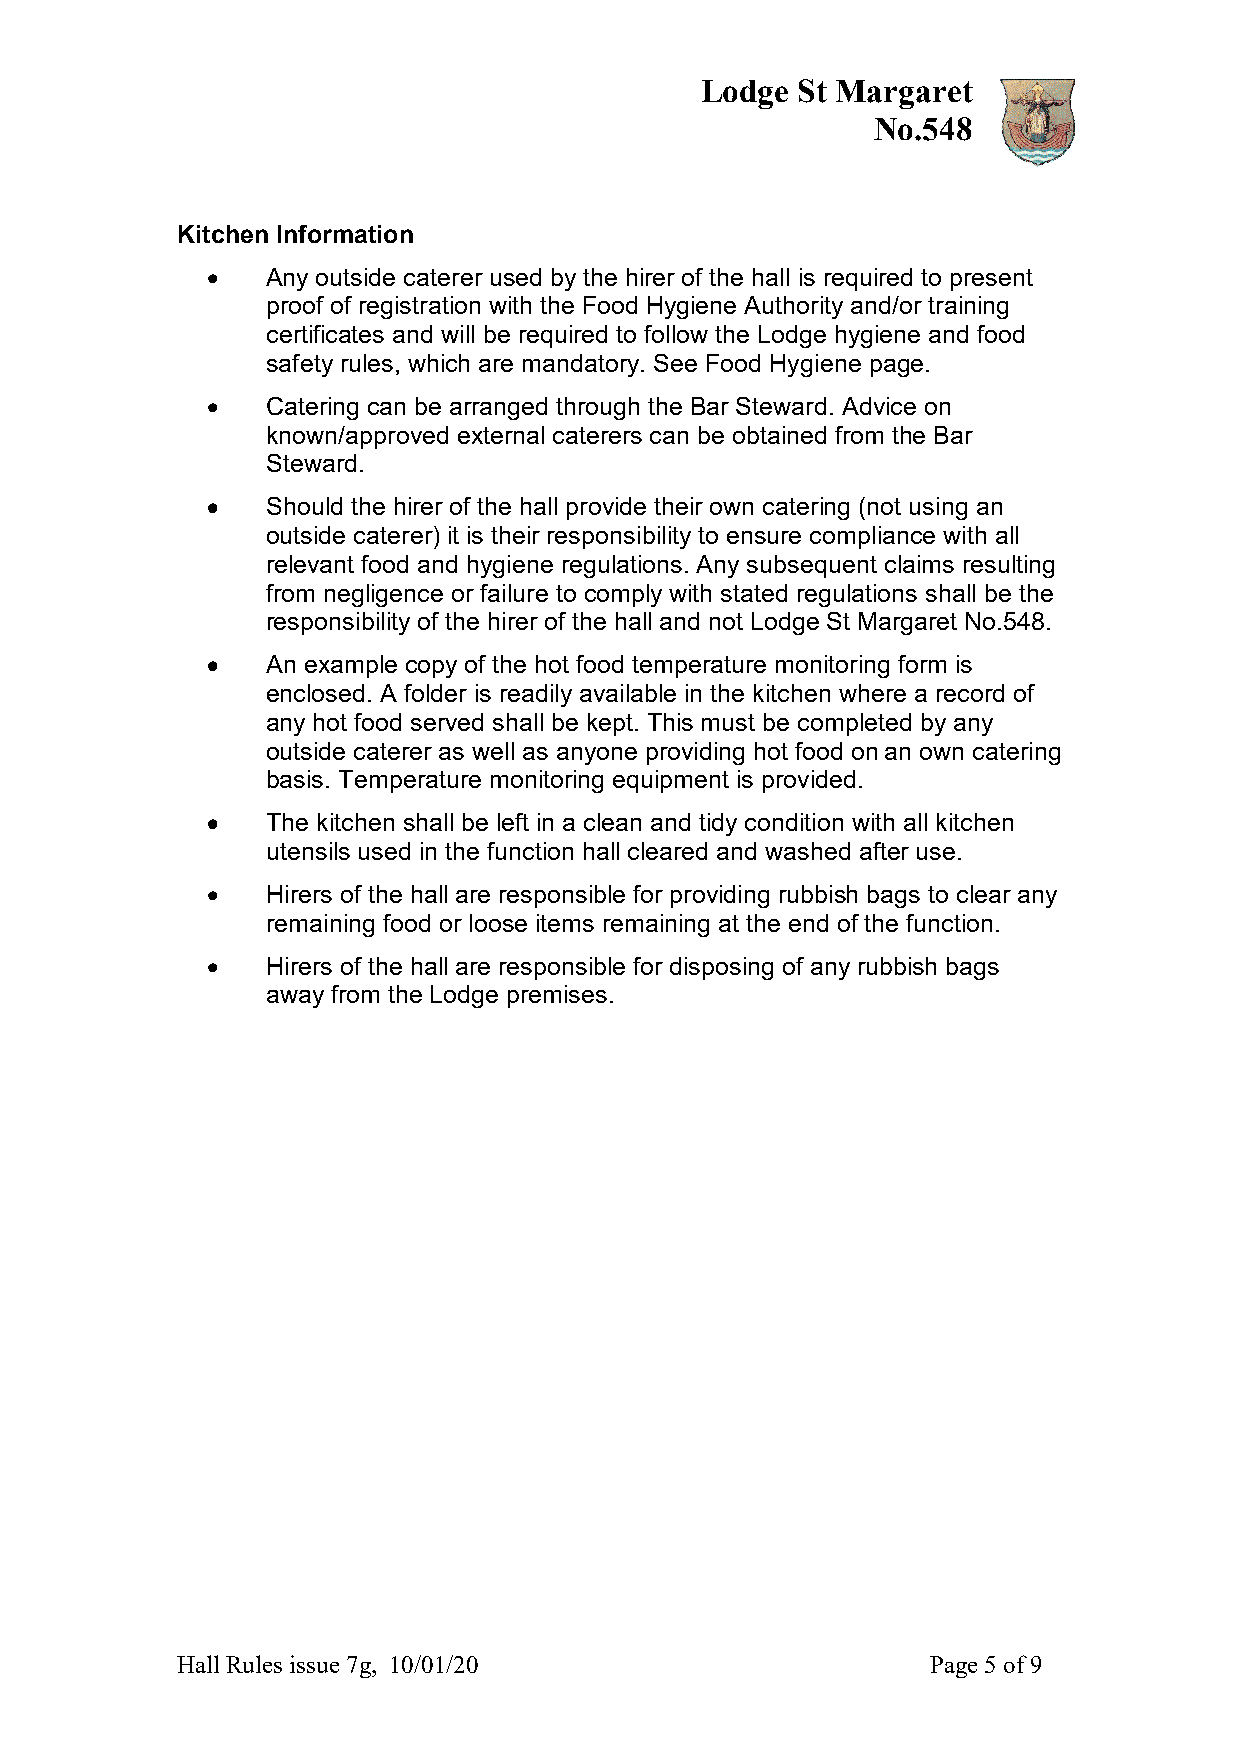
Lodge  St Margaret
 No.548
 Kitchen Information
  Any outside caterer used by the hirer of the hall is required to present
 proof of registration with the Food Hygiene Authority and/or training
 certificates and will be required to follow the Lodge hygiene and food
 safety rules, which are mandatory. See Food Hygiene page.
  Catering can be arranged through the Bar Steward. Advice on
 known/approved external caterers can be obtained from the Bar
 Steward.
  Should the hirer of the hall provide their own catering (not using an
 outside caterer) it is their responsibility to ensure compliance with all
 relevant food and hygiene regulations. Any subsequent claims resulting
 from negligence or failure to comply with stated regulations shall be the
 responsibility of the hirer of the hall and not Lodge St Margaret No.548.
  An example copy of the hot food temperature monitoring form is
 enclosed. A folder is readily available in the kitchen where a record of
 any hot food served shall be kept. This must be completed by any
 outside caterer as well as anyone providing hot food on an own catering
 basis. Temperature monitoring equipment is provided.
  The kitchen shall be left in a clean and tidy condition with all kitchen
 utensils used in the function hall cleared and washed after use.
  Hirers of the hall are responsible for providing rubbish bags to clear any
 remaining food or loose items remaining at the end of the function.
  Hirers of the hall are responsible for disposing of any rubbish bags
 away from the Lodge premises.
 Hall Rules issue 7g, 10/01/20                     Page 5 of 9